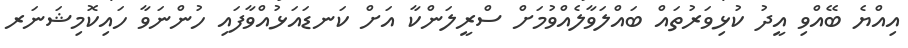
އިއްޔެ ބޭއްވި އީދު ކުޅިވަރުތައް ބައްލަވާލެއްވުމަށް ސްރީލަންކާ އަށް ކަނޑައަޅުއްވާފައި ހުންނަވާ ހައިކޮމިޝަނަރ